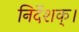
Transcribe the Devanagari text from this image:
निर्देशक्।